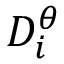
D _ { i } ^ { \theta }